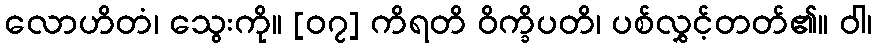
လောဟိတံ၊ သွေးကို။ [၀၇] ကိရတိ ဝိက္ခိပတိ၊ ပစ်လွှင့်တတ်၏။ ဝါ၊